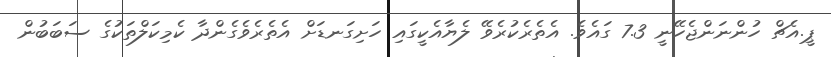
ޕީ.އެޗް ހުންނަންޖެހޭނީ 7.3 ގައެވެ. އެތެރެކުރެވޭ ލެޔާއެކީގައި ހަށިގަނޑަށް އެތެރެވެގެންދާ ކެމިކަލްތަކުގެ ސަބަބުން